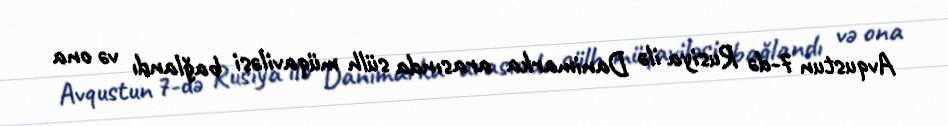
Avqustun 7-də Rusiya ilə Danimarka arasında sülh müqaviləsi bağlandı və ona